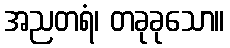
အညတရံ၊ တခုခုသော။